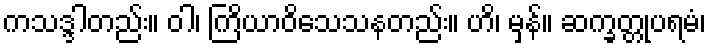
ကသဒ္ဒါတည်း။ ဝါ၊ ကြိယာဝိသေသနတည်း။ ဟိ၊ မှန်။ ဆက္ခတ္တုပရမံ၊